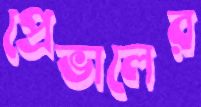
প্রেভালের